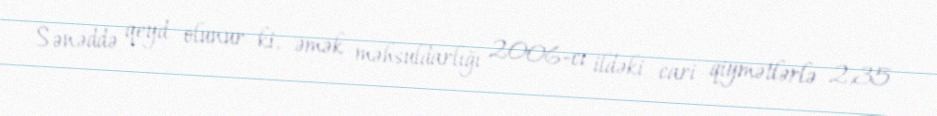
Sənəddə qeyd olunur ki, əmək məhsuldarlığı 2006-cı ildəki cari qiymətlərlə 2,35